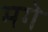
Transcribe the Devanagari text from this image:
मगे